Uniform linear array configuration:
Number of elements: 16
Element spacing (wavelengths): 0.5
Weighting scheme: cosine
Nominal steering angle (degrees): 30
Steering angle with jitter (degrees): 30.139
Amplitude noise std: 0.05
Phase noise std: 0.05

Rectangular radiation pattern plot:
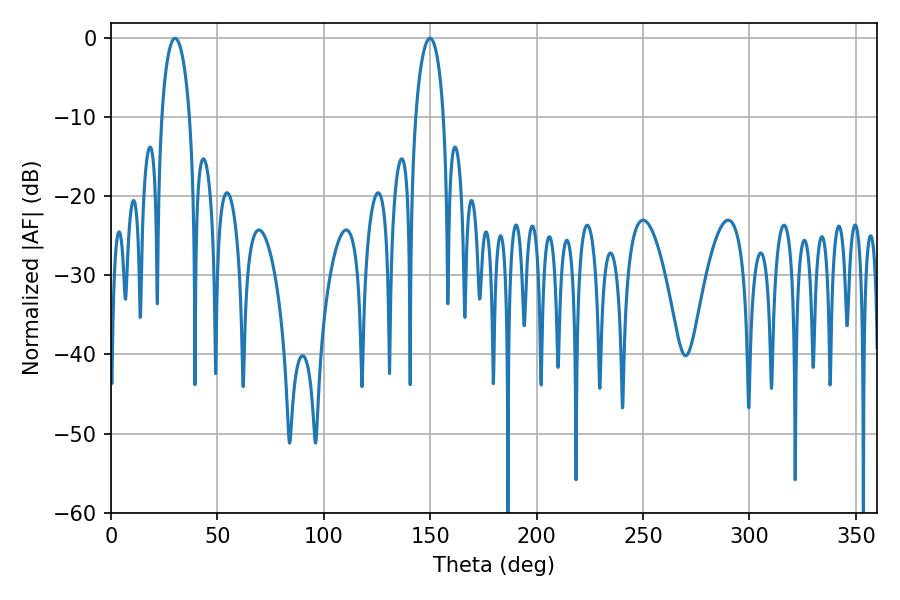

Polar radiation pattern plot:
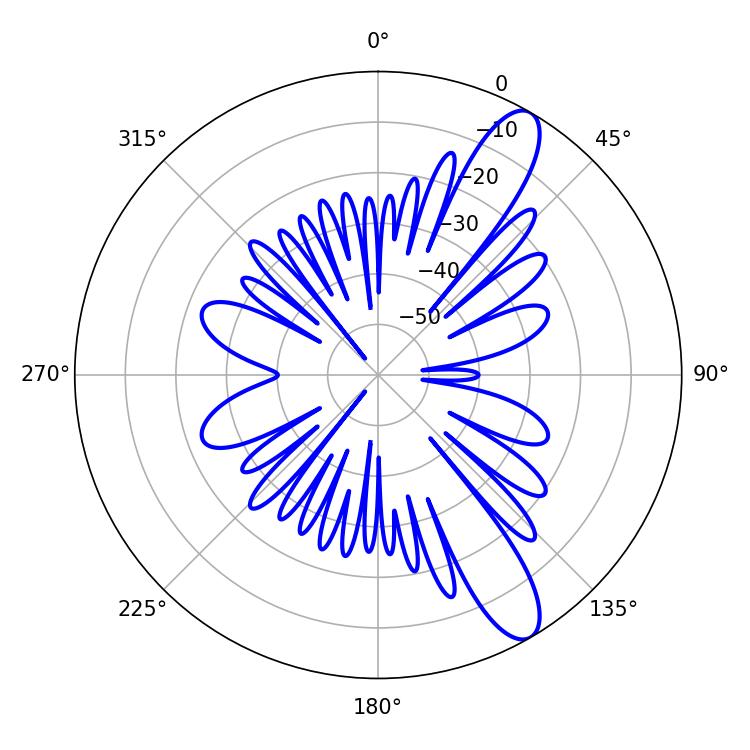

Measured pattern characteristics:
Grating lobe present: FALSE
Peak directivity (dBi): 11.449
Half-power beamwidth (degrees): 7.56
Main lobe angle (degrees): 30.06